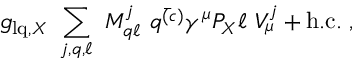
g _ { \mathrm { l q } , X } ~ \sum _ { j , q , \ell } ~ M _ { q \ell } ^ { j } ~ \bar { q ^ { ( c ) } } \gamma ^ { \mu } P _ { X } \ell ~ V _ { \mu } ^ { j } + \mathrm { h . c . } \; ,